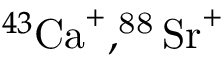
^ { 4 3 } \mathrm { { C a } ^ { + } , ^ { 8 8 } \mathrm { { S r } ^ { + } } }